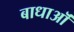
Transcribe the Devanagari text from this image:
बाधाऒं